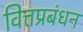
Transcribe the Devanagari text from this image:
वित्तप्रबंधन